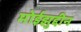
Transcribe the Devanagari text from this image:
मोईझुद्दीन